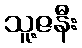
သူ့ဇနီး